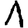
Digit: 1